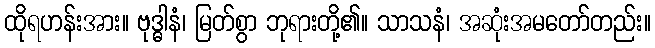
ထိုရဟန်းအား။ ဗုဒ္ဓါနံ၊ မြတ်စွာ ဘုရားတို့၏။ သာသနံ၊ အဆုံးအမတော်တည်း။